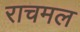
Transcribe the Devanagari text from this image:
राचमल